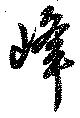
峰